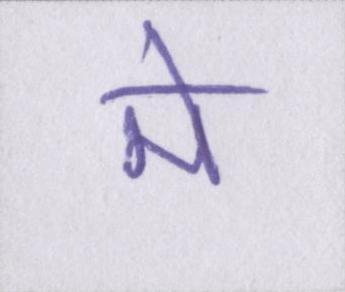
मे